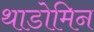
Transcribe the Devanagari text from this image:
थाडोमिन